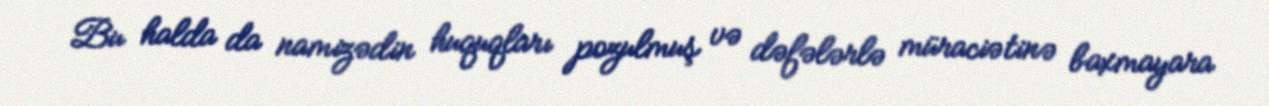
Bu halda da namizədin huquqları pozulmuş və dəfələrlə müraciətinə baxmayara